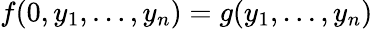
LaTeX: f(0,y_{1},\ldots,y_{n})=g(y_{1},\ldots,y_{n})